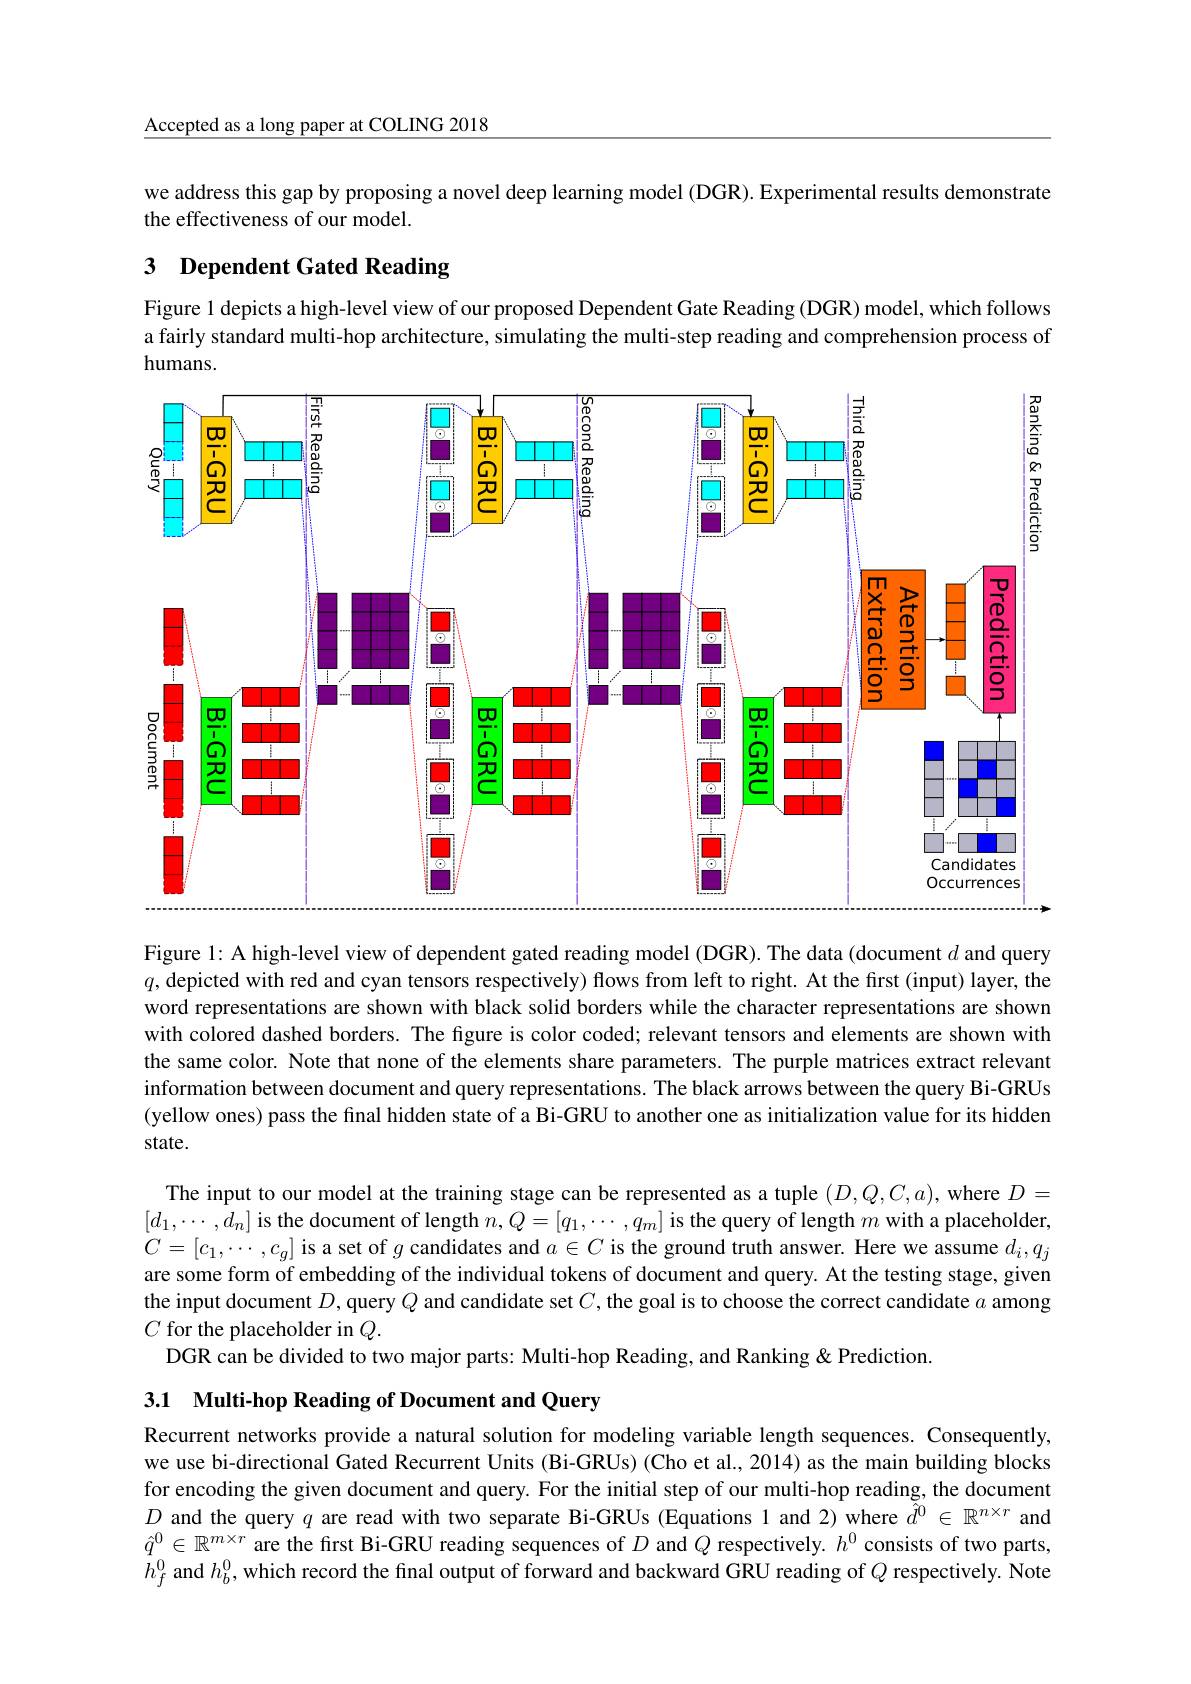
Accepted as a long paper at COLING 2018

we address this gap by proposing a novel deep learning model (DGR). Experimental results demonstrate
the effectiveness of our model.

# 3 Dependent Gated Reading

Figure 1 depicts a high-level view of our proposed Dependent Gate Reading (DGR) model, which follows a fairly standard multi-hop architecture, simulating the multi-step reading and comprehension process of humans.

<FigureHere>

Figure 1: A high-level view of dependent gated reading model (DGR). The data (document $d$ and query $q$, depicted with red and cyan tensors respectively) flows from left to right. At the first (input) layer, the word representations are shown with black solid borders while the character representations are shown with colored dashed borders. The fgure is color coded; relevant tensors and elements are shown with the same color. Note that none of the elements share parameters. The purple matrices extract relevant information between document and query representations. The black arrows between the query Bi-GRUs (yellow ones) pass the final hidden state of a Bi-GRU to another one as initialization value for its hidden state.

The input to our model at the training stage can be represented as a tuple $(D,Q,C,a)$, where $D=$ $[d_1,\cdots,d_n]$ is the document of length $n,Q=[q_1,\cdots,q_m]$ is the query of length $m$ with a placeholder, $C=[c_{1},\cdots,c_{g}]$ is a set of $g$ candidates and $a\in C$ is the ground truth answer. Here we assume $d_i,q_{j}$ are some form of embedding of the individual tokens of document and query. At the testing stage, given the input document $D$,query $Q$ and candidate set $C$, the goal is to choose the correct candidate $\alpha$ among $C$ for the placeholder in $Q.$
DGR can be divided to two major parts: Multi-hop Reading, and Ranking & Prediction.

3.1 Multi-hop Reading of Document and Query

Recurrent networks provide a natural solution for modeling variable length sequences. Consequently, we use bi-directional Gated Recurrent Units (Bi-GRUs) (Cho et al., 2014) as the main building blocks for encoding the given document and query. For the initial step of our multi-hop reading, the document $D$ and the query $q$ are read with two separate Bi-GRUs (Equations l and 2) where $\hat{d}^0\in\mathbb{R}^{n\times r}$ and $\hat{q}^0\in\mathbb{R}^{m\times r}$ are the first Bi-GRU reading sequences of $D$ and $Q$ respectively. $h^0$ consists of two parts, $h_f^0$ and $h_b^0$, which record the final output of forward and backward GRU reading of $Q$ respectively. Note